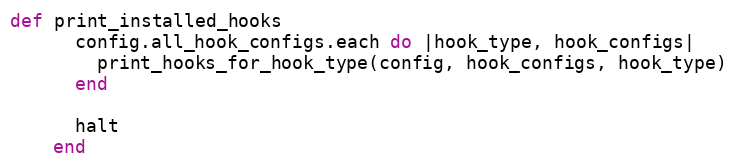
Language: Ruby
def print_installed_hooks
      config.all_hook_configs.each do |hook_type, hook_configs|
        print_hooks_for_hook_type(config, hook_configs, hook_type)
      end

      halt
    end